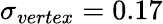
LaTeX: \sigma_{vertex}=0.17